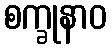
စက္ခုနာဝ